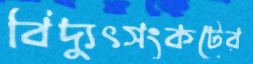
বিদ্যুৎসংকটের